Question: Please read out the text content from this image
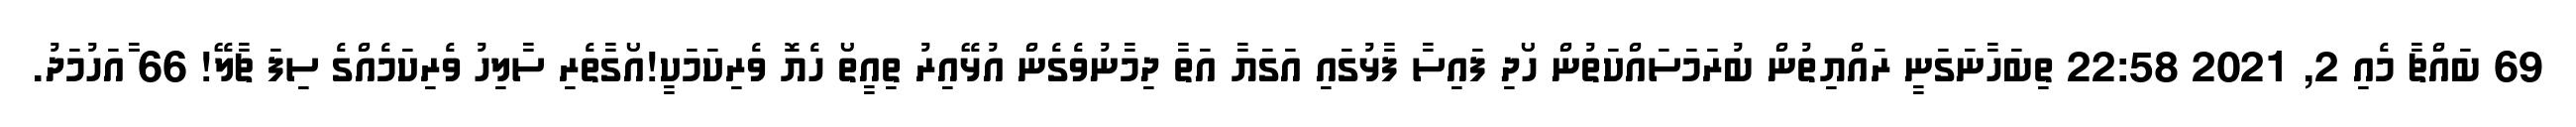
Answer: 69 ބައްޗާ މެއި 2, 2021 22:58 ތިބަހާނަގަނީ ރައްޔިތުން ބުރަމަސައްކަތުން ހޯދި ފައިސާ ފާޅުގައި އަގަޔާ އަތާ ދިމާނުވެގެން އުޅޭއިރު ތިއީތޯ ހެޔޮ ވެރިކަމަކީ!އޯގާތެރި ސާލިހު ވެރިކަމެއްގެ ސިފަ ޗާލޭ! 66 ާައަހުމަދު.